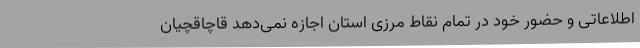
اطلاعاتی و حضور خود در تمام نقاط مرزی استان اجازه نمی‌دهد قاچاقچیان